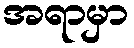
အရာမှာ